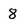
Character: 8